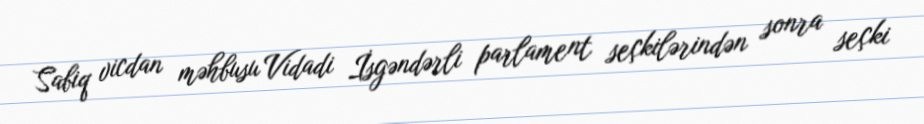
Sabiq vicdan məhbusu Vidadi İsgəndərli parlament seçkilərindən sonra seçki